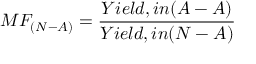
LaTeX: M F _ { ( N - A ) } = \frac { Y i e l d , i n ( A - A ) } { Y i e l d , i n ( N - A ) }